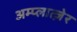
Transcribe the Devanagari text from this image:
अम्प्लात्ज़ेर